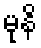
မုနိ